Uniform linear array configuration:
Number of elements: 64
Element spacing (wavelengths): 0.75
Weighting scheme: uniform
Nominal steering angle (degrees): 45
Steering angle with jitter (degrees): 46.722
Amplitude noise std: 0.05
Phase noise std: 0.05

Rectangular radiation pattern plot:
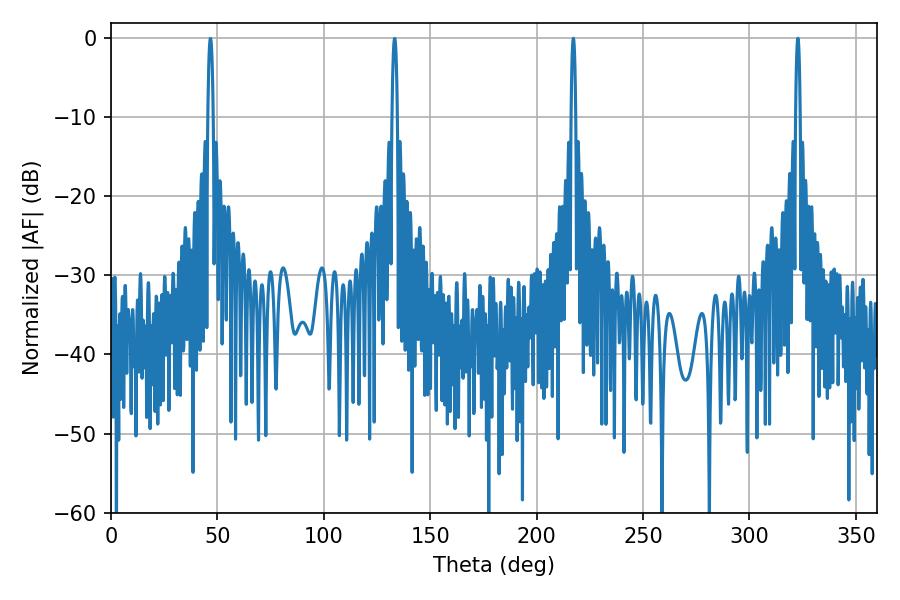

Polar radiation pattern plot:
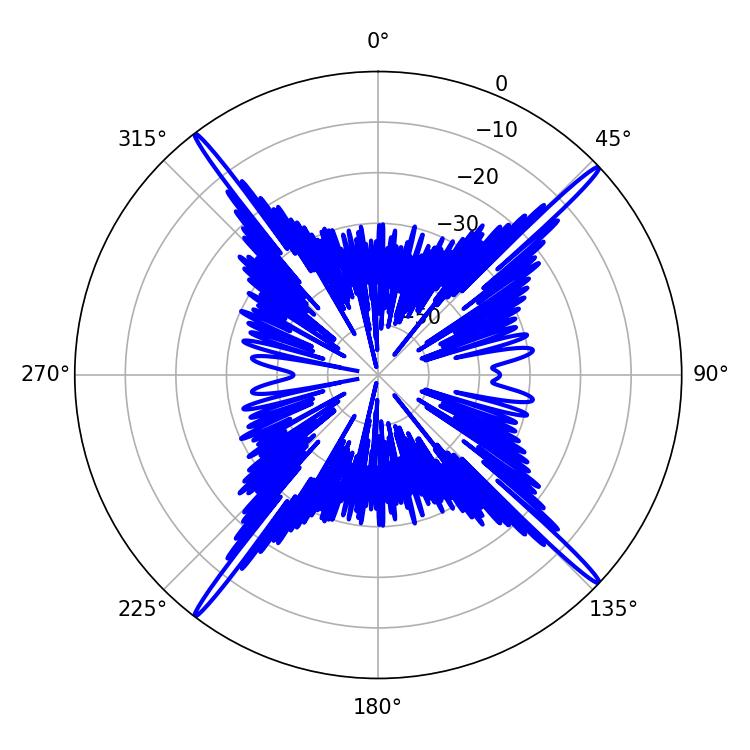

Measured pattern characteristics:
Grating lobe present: TRUE
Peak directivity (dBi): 22.028
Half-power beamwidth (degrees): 1.08
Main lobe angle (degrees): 322.74